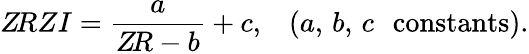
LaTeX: Z\! RZI=\frac{a}{Z\! R-b}+c,\, \, \, \, \, (a,\, b,\, c\, \, \, \, \textnormal{constants}).